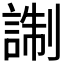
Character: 𧨰